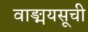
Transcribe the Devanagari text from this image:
वाङ्मयसूची